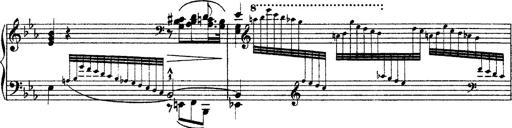
Title: Grandes Ã©tudes de Paganini
Composer: Franz Liszt